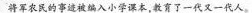
将军农民的事迹被编入小学课本，教育了一代又一代人。